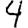
Digit: 4